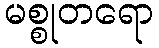
မစ္စုတရော